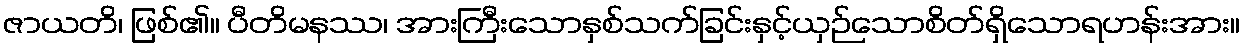
ဇာယတိ၊ ဖြစ်၏။ ပီတိမနဿ၊ အားကြီးသောနှစ်သက်ခြင်းနှင့်ယှဉ်သောစိတ်ရှိသောရဟန်းအား။